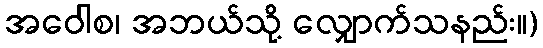
အဝေါစ၊ အဘယ်သို့ လျှောက်သနည်း။)